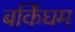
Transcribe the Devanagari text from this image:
बर्किंघम